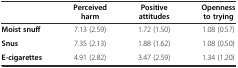
|  | Perceived harm | Positive attitudes | Openness to trying |
 | --- | --- | --- | --- |
 | Moist snuff | 7.13 (2.59) | 1.72 (1.50) | 1.08 (0.57) |
 | Snus | 7.35 (2.13) | 1.88 (1.62) | 1.08 (0.50) |
 | E-cigarettes | 4.91 (2.82) | 3.47 (2.59) | 1.34 (1.20) |